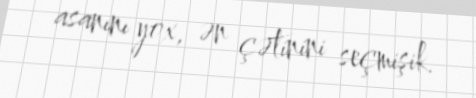
asanını yox, ən çətinini seçmişik.